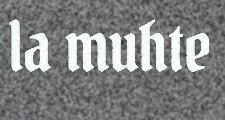
la muhte